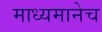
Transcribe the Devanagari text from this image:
माध्यमानेच